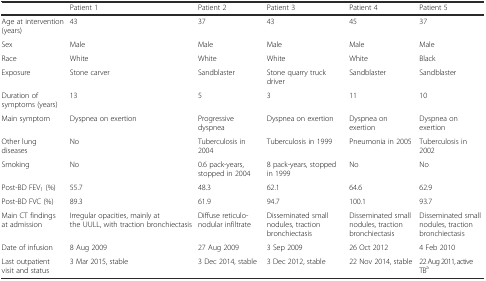
<table><thead><tr><td></td><td><b>Patient 1</b></td><td><b>Patient 2</b></td><td><b>Patient 3</b></td><td><b>Patient 4</b></td><td><b>Patient 5</b></td></tr></thead><tbody><tr><td>Age at intervention (years)</td><td>43</td><td>37</td><td>43</td><td>45</td><td>37</td></tr><tr><td>Sex</td><td>Male</td><td>Male</td><td>Male</td><td>Male</td><td>Male</td></tr><tr><td>Race</td><td>White</td><td>White</td><td>White</td><td>White</td><td>Black</td></tr><tr><td>Exposure</td><td>Stone carver</td><td>Sandblaster</td><td>Stone quarry truck driver</td><td>Sandblaster</td><td>Sandblaster</td></tr><tr><td>Duration of symptoms (years)</td><td>13</td><td>5</td><td>3</td><td>11</td><td>10</td></tr><tr><td>Main symptom</td><td>Dyspnea on exertion</td><td>Progressive dyspnea</td><td>Dyspnea on exertion</td><td>Dyspnea on exertion</td><td>Dyspnea on exertion</td></tr><tr><td>Other lung diseases</td><td>No</td><td>Tuberculosis in 2004</td><td>Tuberculosis in 1999</td><td>Pneumonia in 2005</td><td>Tuberculosis in 2002</td></tr><tr><td>Smoking</td><td>No</td><td>0.6 pack-years, stopped in 2004</td><td>8 pack-years, stopped in 1999</td><td>No</td><td>No</td></tr><tr><td>Post-BD FEV<sub>1</sub> (%)</td><td>55.7</td><td>48.3</td><td>62.1</td><td>64.6</td><td>62.9</td></tr><tr><td>Post-BD FVC (%)</td><td>89.3</td><td>61.9</td><td>94.7</td><td>100.1</td><td>93.7</td></tr><tr><td>Main CT findings at admission</td><td>Irregular opacities, mainly at the UULL, with traction bronchiectasis</td><td>Diffuse reticulo-nodular infiltrate</td><td>Disseminated small nodules, traction bronchiectasis</td><td>Disseminated small nodules, traction bronchiectasis</td><td>Disseminated small nodules, traction bronchiectasis</td></tr><tr><td>Date of infusion</td><td>8 Aug 2009</td><td>27 Aug 2009</td><td>3 Sep 2009</td><td>26 Oct 2012</td><td>4 Feb 2010</td></tr><tr><td>Last outpatient visit and status</td><td>3 Mar 2015, stable</td><td>3 Dec 2014, stable</td><td>3 Dec 2012, stable</td><td>22 Nov 2014, stable</td><td>22 Aug 2011, active TB<sup>a</sup></td></tr></tbody></table>